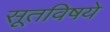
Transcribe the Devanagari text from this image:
सूतविषये